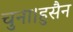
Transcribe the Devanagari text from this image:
चुना।हुसैन